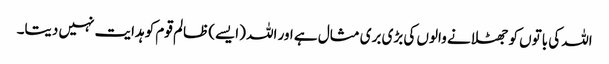
اللہ کی باتوں کو جھٹلانے والوں کی بڑی بری مثال ہے اور اللہ (ایسے) ظالم قوم کو ہدایت نہیں دیتا۔